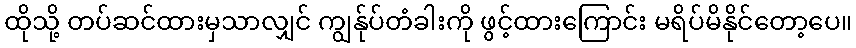
ထိုသို့ တပ်ဆင်ထားမှသာလျှင် ကျွန်ုပ်တံခါးကို ဖွင့်ထားကြောင်း မရိပ်မိနိုင်တော့ပေ။